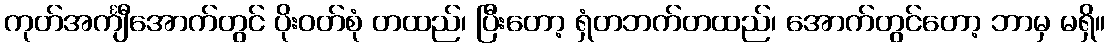
ကုတ်အင်္ကျီအောက်တွင် ပိုးဝတ်စုံ တထည်၊ ပြီးတော့ ရှံတဘက်တထည်၊ အောက်တွင်တော့ ဘာမှ မရှိ။